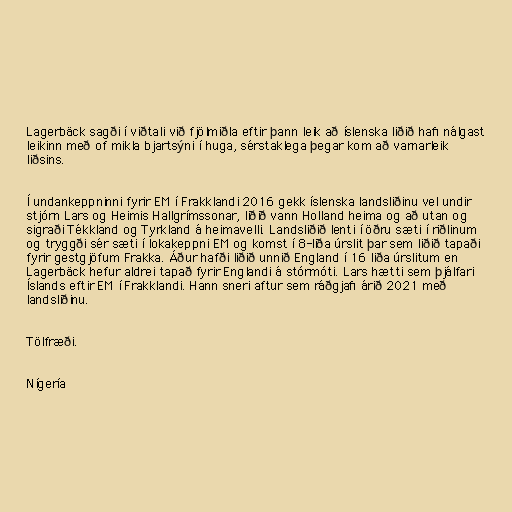
Lagerbäck sagði í viðtali við fjölmiðla eftir þann leik að íslenska liðið hafi nálgast
leikinn með of mikla bjartsýni í huga, sérstaklega þegar kom að varnarleik
liðsins.

Í undankeppninni fyrir EM í Frakklandi 2016 gekk íslenska landsliðinu vel undir
stjórn Lars og Heimis Hallgrímssonar, liðið vann Holland heima og að utan og
sigraði Tékkland og Tyrkland á heimavelli. Landsliðið lenti í öðru sæti í riðlinum
og tryggði sér sæti í lokakeppni EM og komst í 8-liða úrslit þar sem liðið tapaði
fyrir gestgjöfum Frakka. Áður hafði liðið unnið England í 16 liða úrslitum en
Lagerbäck hefur aldrei tapað fyrir Englandi á stórmóti. Lars hætti sem þjálfari
Íslands eftir EM í Frakklandi. Hann sneri aftur sem ráðgjafi árið 2021 með
landsliðinu.

Tölfræði.

Nígería